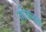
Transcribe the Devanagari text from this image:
तोकडच